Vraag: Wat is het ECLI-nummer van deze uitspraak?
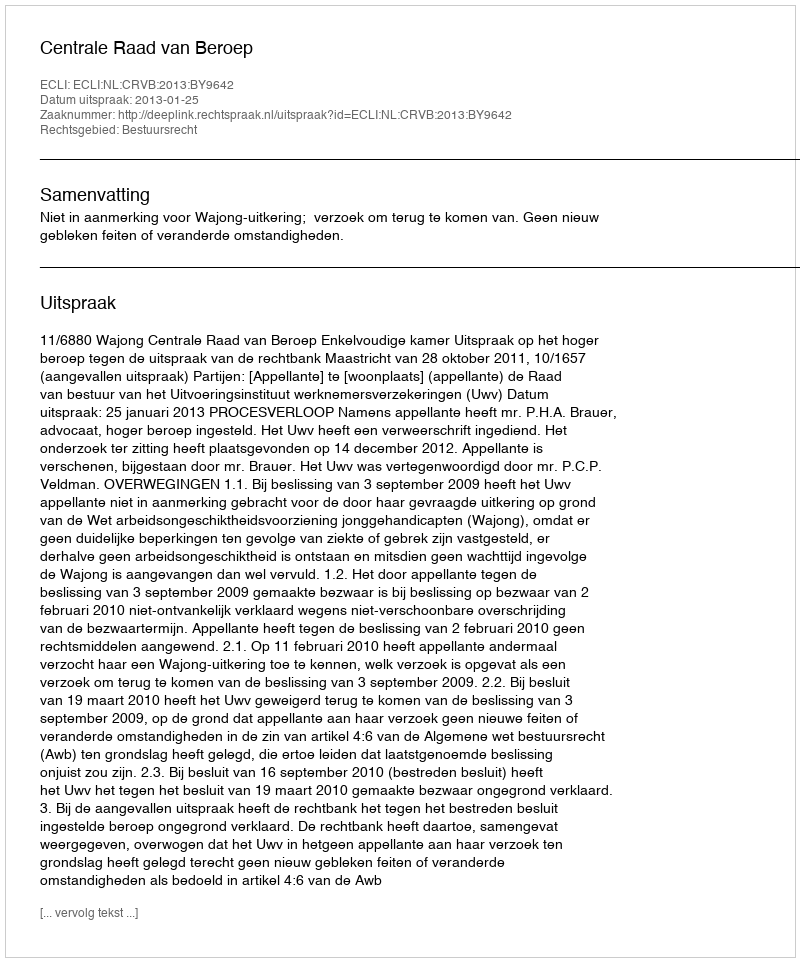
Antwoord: ECLI:NL:CRVB:2013:BY9642